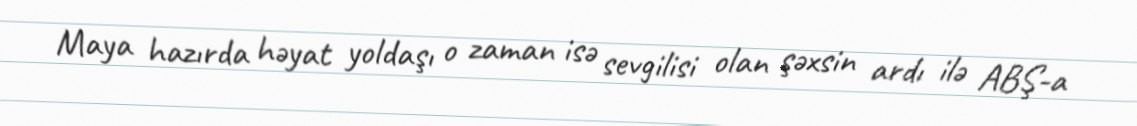
Maya hazırda həyat yoldaşı o zaman isə sevgilisi olan şəxsin ardı ilə ABŞ-a